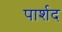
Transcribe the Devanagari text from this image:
पार्शद